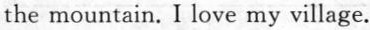
the mountain. I love my village.